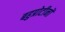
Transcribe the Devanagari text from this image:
बहुप्रोटीनों